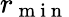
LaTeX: r_{\mathrm{~m~i~n~}}